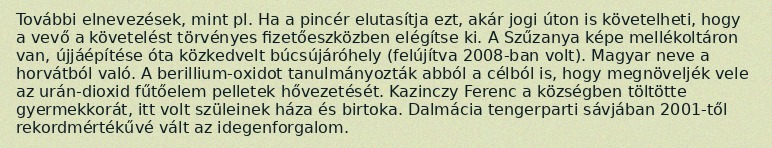
További elnevezések, mint pl. Ha a pincér elutasítja ezt, akár jogi úton is követelheti, hogy a vevő a követelést törvényes fizetőeszközben elégítse ki. A Szűzanya képe mellékoltáron van, újjáépítése óta közkedvelt búcsújáróhely (felújítva 2008-ban volt). Magyar neve a horvátból való. A berillium-oxidot tanulmányozták abból a célból is, hogy megnöveljék vele az urán-dioxid fűtőelem pelletek hővezetését. Kazinczy Ferenc a községben töltötte gyermekkorát, itt volt szüleinek háza és birtoka. Dalmácia tengerparti sávjában 2001-től rekordmértékűvé vált az idegenforgalom.